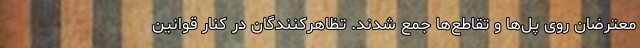
معترضان روی پل‌ها و تقاطع‌ها جمع شدند. تظاهرکنندگان در کنار قوانین